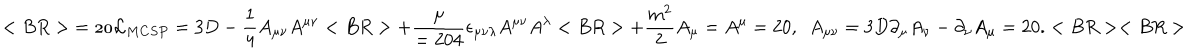
LaTeX: < B R > { \cal = 2 0 L } _ { M C S P } = 3 D - { \frac { 1 } { 4 } } A _ { \mu \nu } A ^ { \mu \nu } < B R > + { \frac { \mu } { = 2 0 4 } } \epsilon _ { \mu \nu \lambda } A ^ { \mu \nu } A ^ { \lambda } < B R > + { \frac { m ^ { 2 } } { 2 } } A _ { \mu } = A ^ { \mu } = 2 0 , ~ ~ A _ { \mu \nu } = 3 D \partial _ { \mu } A _ { \nu } - \partial _ { \nu } A _ { \mu } = 2 0 . < B R > < B R >